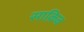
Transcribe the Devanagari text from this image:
साक़िब